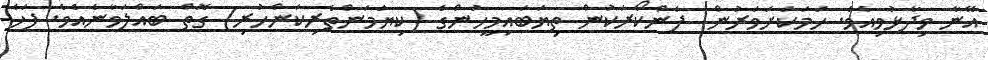
އޭނާ ވިދާޅުވިއެވެ. ހަމަކަށަވަރުން  ފެންކޯރަކުން ތިޔަބައިމީހުންގެ (ކިޔަމަންތެރިކަންހުރި) ގޮތް ބައްލަވާނެއެވެ. ފަހެ